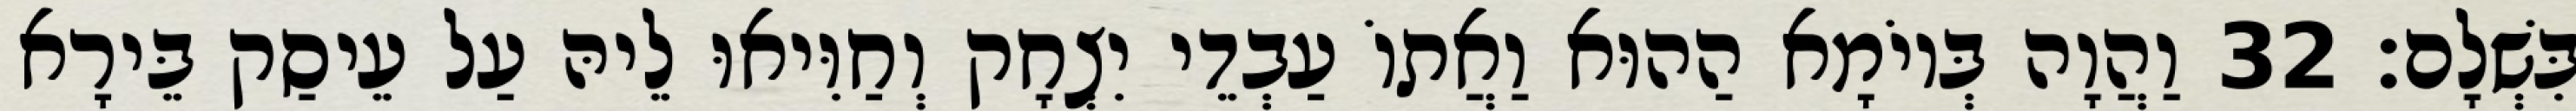
בִּשְׁלָם׃ 32 וַהֲוָה בְּיוֹמָא הַהוּא וַאֲתוֹ עַבְדֵי יִצְחָק וְחַוִּיאוּ לֵיהּ עַל עֵיסַק בֵּירָא